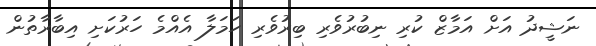
ނަޝީދު އަށް އަމާޒް ކުރި ނިބުރުވެރި ބިރުވެރި ހަމަލާ އެއްމެ ހަރުކަށި އިބާރާތުން